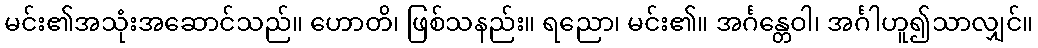
မင်း၏အသုံးအဆောင်သည်။ ဟောတိ၊ ဖြစ်သနည်း။ ရညော၊ မင်း၏။ အင်္ဂန္တေဝါ၊ အင်္ဂါဟူ၍သာလျှင်။